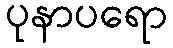
ပုနာပရော